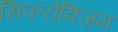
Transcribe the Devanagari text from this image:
सिफरोक्ज़िम